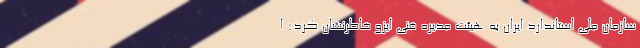
سازمان ملی استاندارد ایران به هیئت مدیره فنی ایزو خاطرنشان کرد: ا